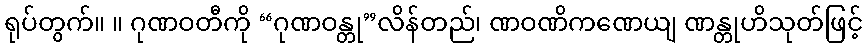
ရုပ်တွက်။ ။ ဂုဏဝတီကို “ဂုဏဝန္တု”လိန်တည်၊ ဏဝဏိကဏေယျ ဏန္တုဟိသုတ်ဖြင့်